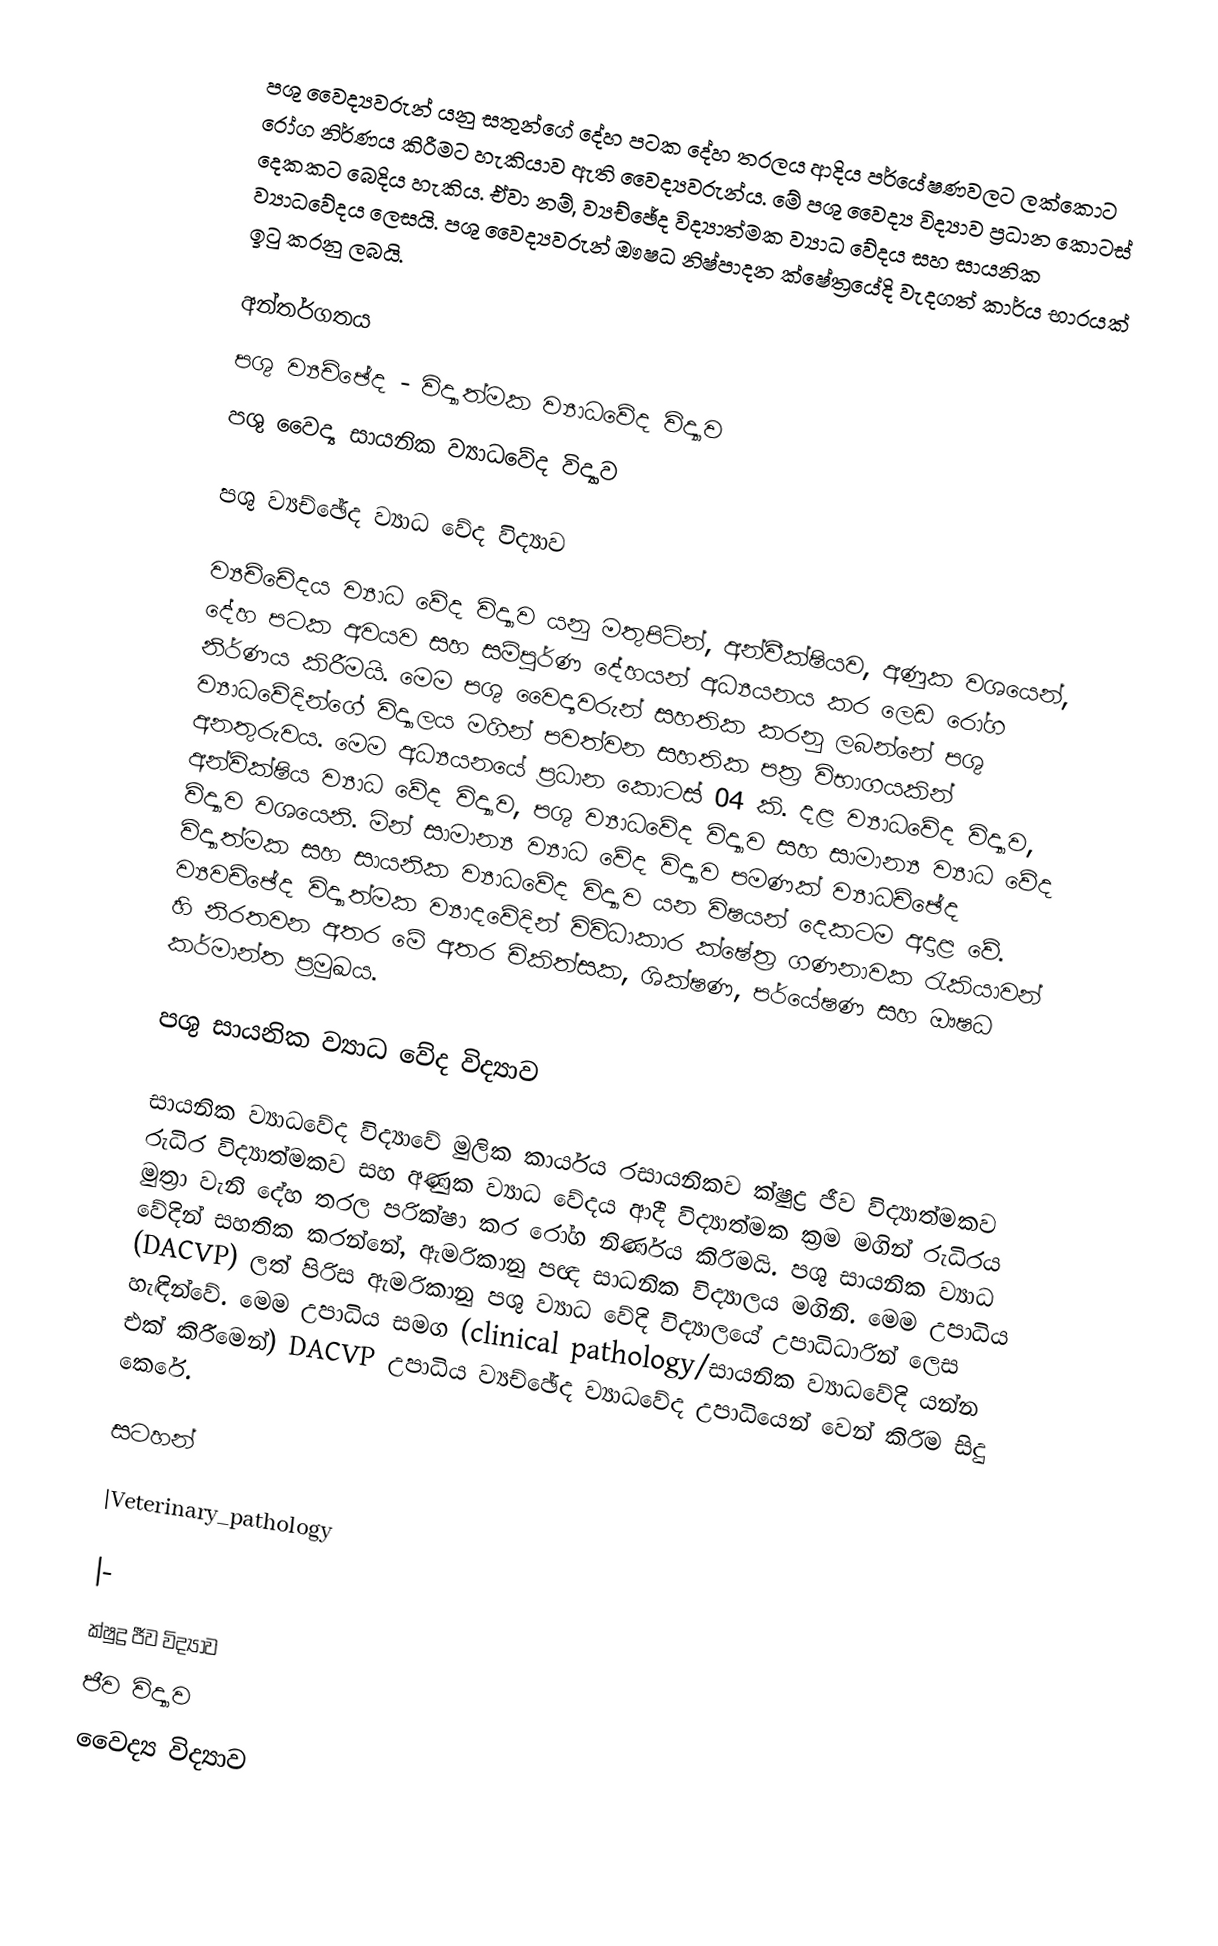
පශු වෛද්‍යවරුන් යනු සතුන්ගේ දේහ පටක දේහ තරලය ආදිය පර්යේෂණවලට ලක්කොට රෝග නිර්ණය කිරීමට හැකියාව ඇති වෛද්‍යවරුන්ය. මේ පශු වෛද්‍ය විද්‍යාව ප්‍රධාන කොටස් දෙකකට බෙදිය හැකිය. ඒවා නම්, ව්‍යච්ඡේද විද්‍යාත්මක ව්‍යාධ වේදය සහ සායනික ව්‍යාධවේදය ලෙසයි. පශු වෛද්‍යවරුන් ඖෂධ නිෂ්පාදන ක්ෂේත්‍රයේදි වැදගත් කාර්ය භාරයක් ඉටු කරනු ලබයි.

අන්තර්ගතය
 පශු ව්‍යච්ඡේද - විද්‍යාත්මක ව්‍යාධවේද විද්‍යාව
 පශු වෛද්‍ය සායනික ව්‍යාධවේද විද්‍යාව

පශු ව්‍යච්ඡේද ව්‍යාධ වේද විද්‍යාව

ව්‍යච්චේදය ව්‍යාධ වේද විද්‍යාව යනු මතුපිටින්, අන්වීක්ෂියව, අණුක වශයෙන්, දේහ පටක අවයව සහ සම්පුර්ණ දේහයන් අධ්‍යයනය කර ලෙඩ රෝග නිර්ණය කිරීමයි. මෙම පශු වෛද්‍යවරුන් සහතික කරනු ලබන්නේ පශු ව්‍යාධවේදින්ගේ විද්‍යාලය මගින් පවත්වන සහතික පත්‍ර විභාගයකින් අනතුරුවය. මෙම අධ්‍යයනයේ ප්‍රධාන කොටස් 04 කි. දළ ව්‍යාධවේද විද්‍යාව, අන්වික්ෂිය ව්‍යාධ වේද විද්‍යාව, පශු ව්‍යාධවේද විද්‍යාව සහ සාමාන්‍ය ව්‍යාධ වේද විද්‍යාව වශයෙනි. මින් සාමාන්‍ය ව්‍යාධ වේද විද්‍යාව පමණක් ව්‍යාධච්ඡේද විද්‍යාත්මක සහ සායනික ව්‍යාධවේද විද්‍යාව යන විෂයන් දෙකටම අදාළ වේ. ව්‍යවච්ඡේද විද්‍යාත්මක ව්‍යාදවේදින් විවිධාකාර ක්ෂේත්‍ර ගණනාවක රැකියාවන් හි නිරතවන අතර මේ අතර චිකිත්සක, ශික්ෂණ, පර්යේෂණ සහ ඖෂධ කර්මාන්ත ප්‍රමුඛය.

පශු සායනික ව්‍යාධ වේද විද්‍යාව

සායනික ව්‍යාධවේද විද්‍යාවේ මුලික කාර්යය රසායනිකව ක්ෂුද්‍ර ජීව විද්‍යාත්මකව රුධිර විද්‍යාත්මකව සහ අණුක ව්‍යාධ වේදය ආදී විද්‍යාත්මක ක්‍රම මගින් රුධිරය මුත්‍රා වැනි දේහ තරල පරික්ෂා කර රෝග නිර්ණය කිරිමයි. පශු සායනික ව්‍යාධ වේදින් සහතික කරන්නේ, ඇමරිකානු පඥ සාධනික විද්‍යාලය මගිනි. මෙම උපාධිය (DACVP) ලත් පිරිස ඇමරිකානු පශු ව්‍යාධ වේදි විද්‍යාලයේ උපාධිධාරින් ලෙස හැඳින්වේ. මෙම උපාධිය සමග (clinical pathology/සායනික ව්‍යාධවේදි යන්න එක් කිරීමෙන්) DACVP උපාධිය ව්‍යච්ඡේද ව්‍යාධවේද උපාධියෙන් වෙන් කිරිම සිදු කෙරේ.

සටහන්

|Veterinary_pathology

|-
ක්ෂුද්‍ර ජීව විද්‍යාව
ජීව විද්‍යාව
වෛද්‍ය විද්‍යාව